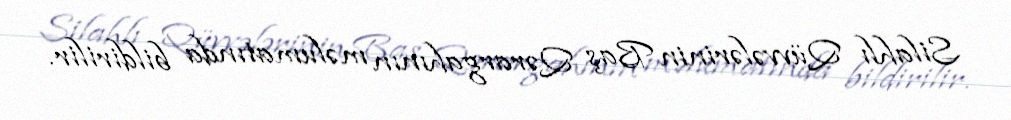
Silahlı Qüvvələrinin Baş Qərargahının məlumatında bildirilir.